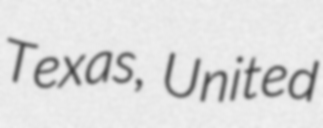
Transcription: Texas, United